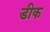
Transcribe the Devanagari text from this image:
डीक